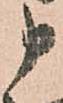
申